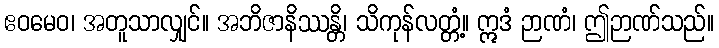
ဧဝမေဝ၊ အတူသာလျှင်။ အဘိဇာနိဿန္တိ၊ သိကုန်လတ္တံ့။ ဣဒံ ဉာဏံ၊ ဤဉာဏ်သည်။